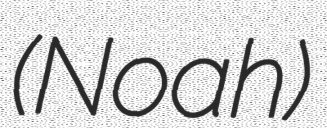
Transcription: (Noah)